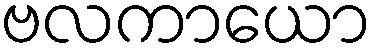
ဗလကာယော